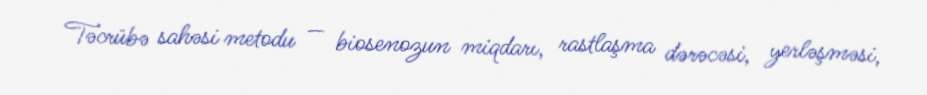
Təcrübə sahəsi metodu — biosenozun miqdarı, rastlaşma dərəcəsi, yerləşməsi,